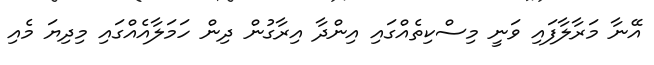
އޭނާ މަރާލާފައި ވަނީ މިސްކިތެއްގައި އިންދާ އިރާގުން ދިން ހަމަލާއެއްގައި މިދިޔަ މެއި